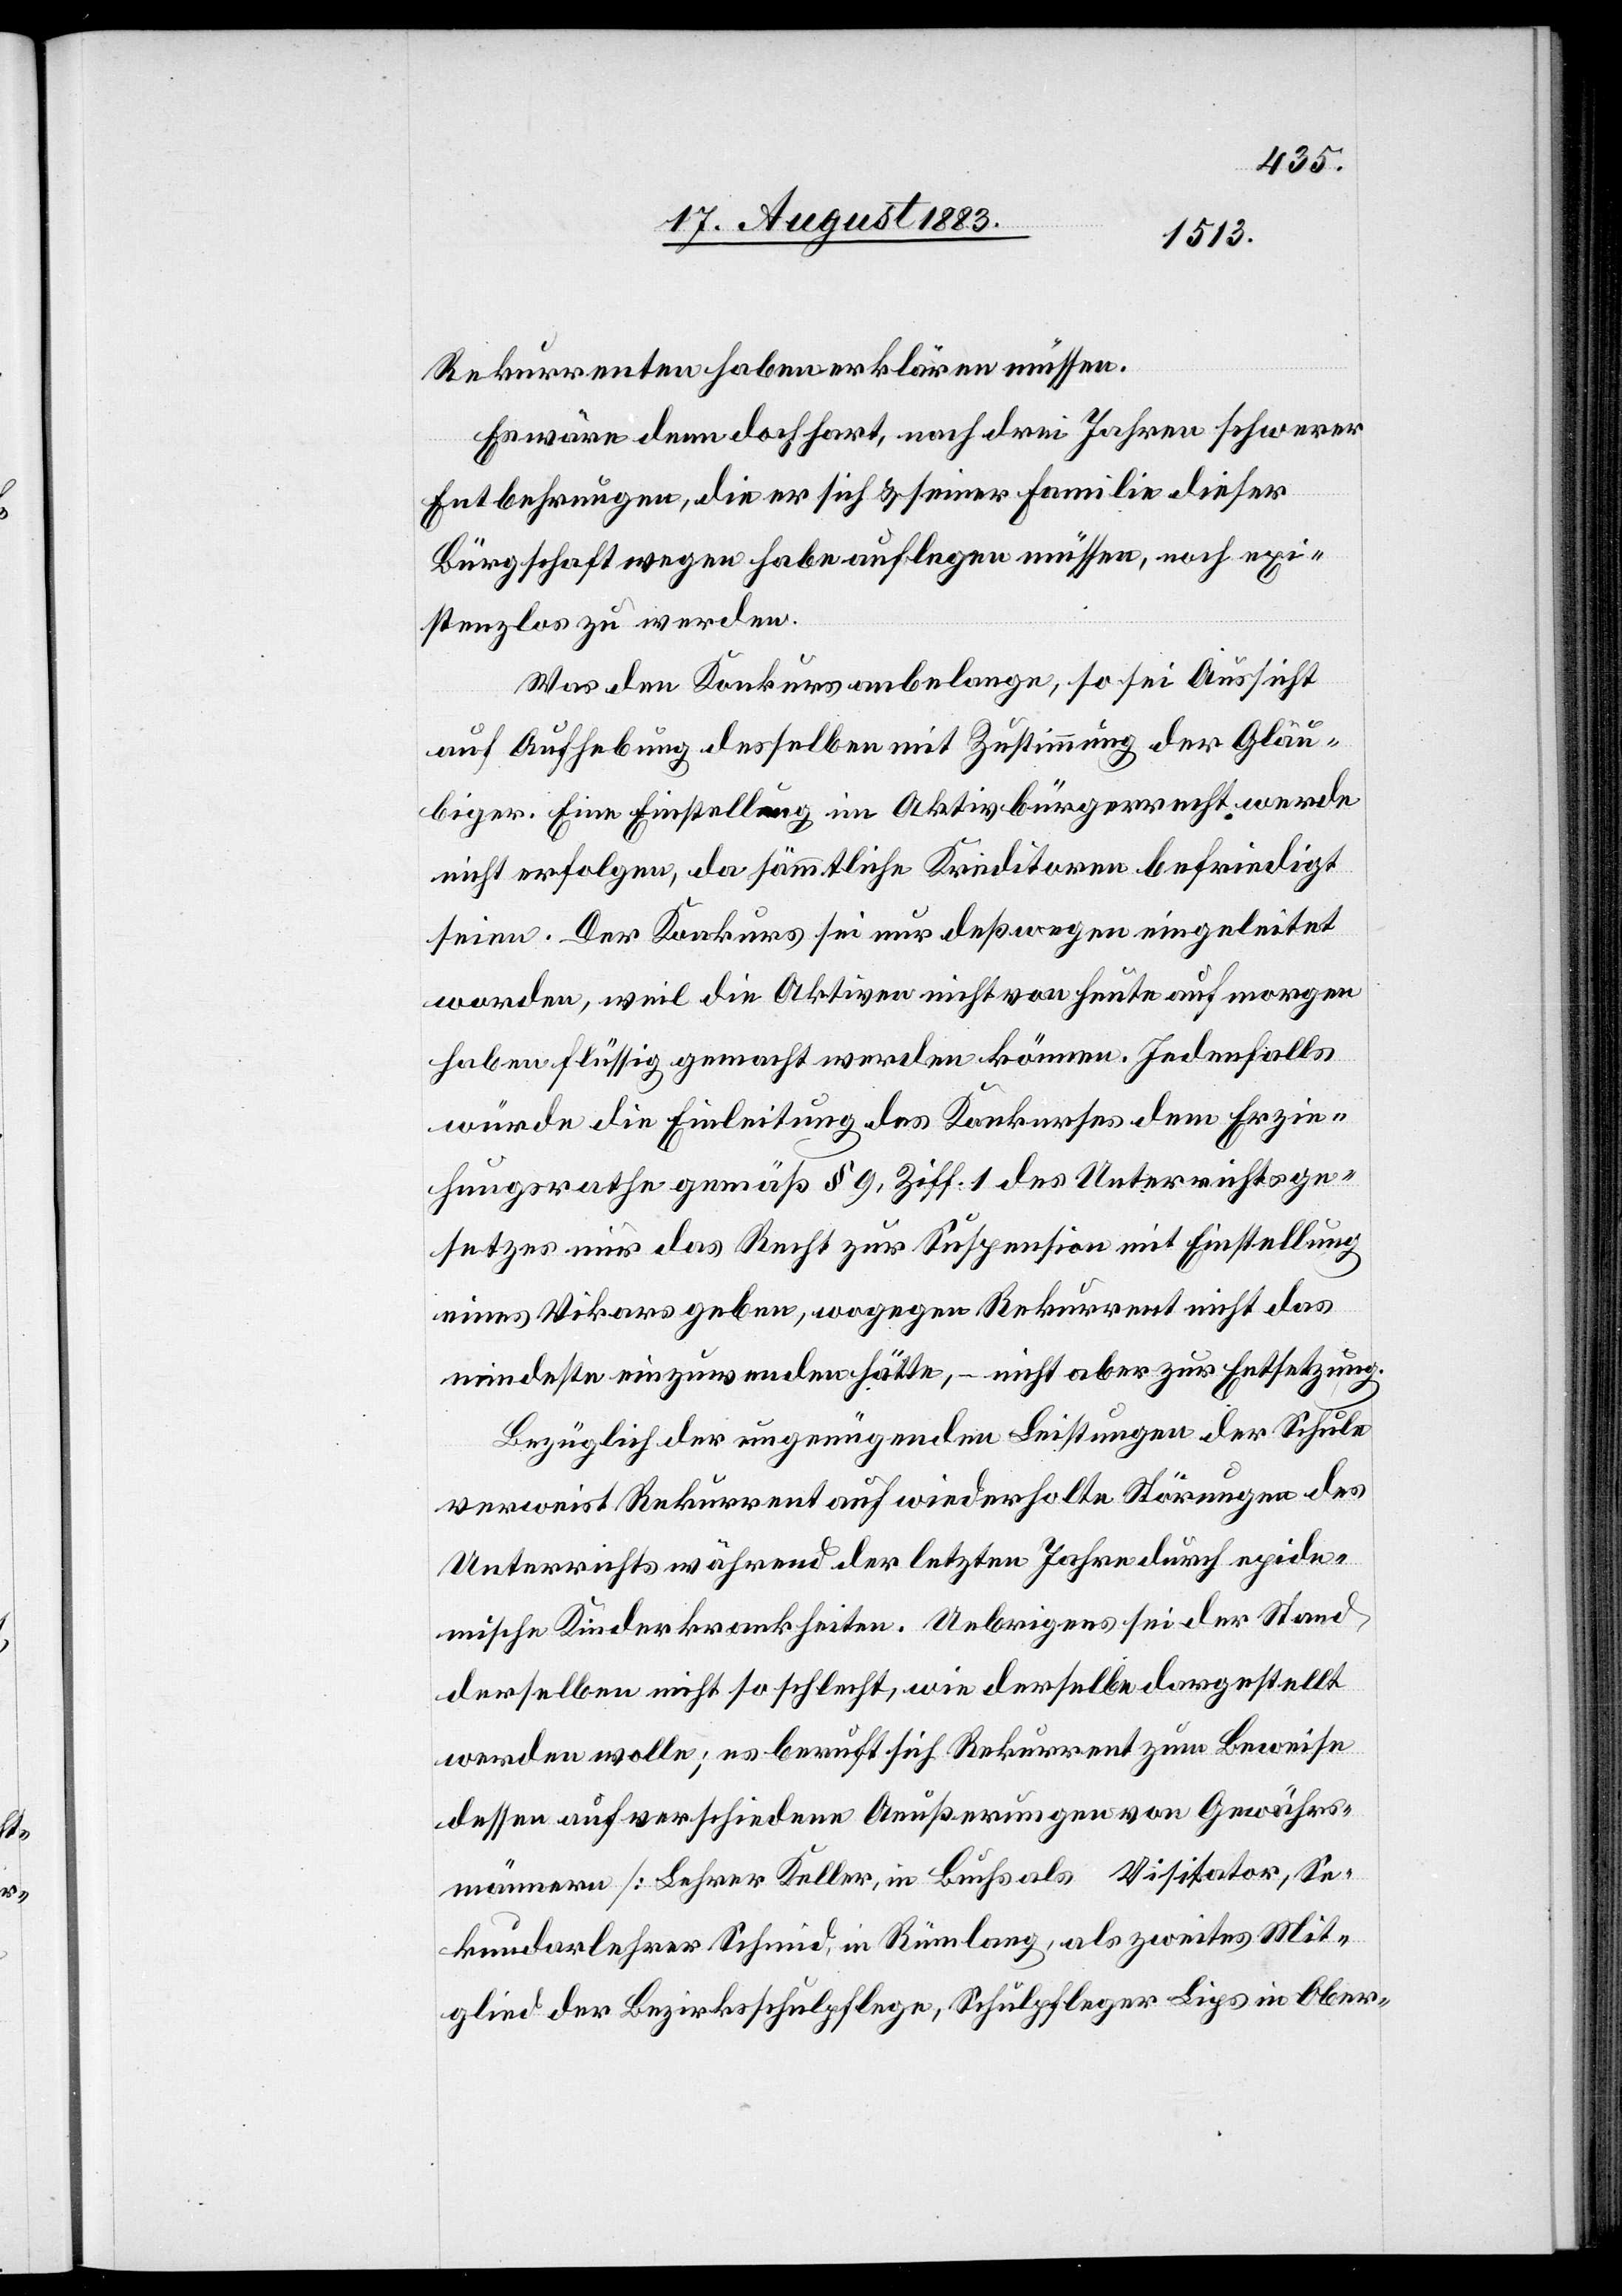
Rekurrenten haben erklären müssen.
Es wäre denn doch hart, nach drei Jahren schwerer
Entbehrungen, die er sich & seiner Familie dieser
Bürgschaft wegen habe auflegen müssen, noch exi¬
stenzlos zu werden.
Was den Konkurs anbelange, so sei Aussicht
auf Aufhebung desselben mit Zustimmung der Gläu¬
biger. Eine Einstellung im Aktivbürgerrecht werde
nicht erfolgen, da sämmtliche Kreditoren befriedigt
seien. Der Konkurs sei nur deßwegen eingeleitet
worden, weil die Aktiven nicht von heute auf morgen
haben flüssig gemacht werden können. Jedenfalls
würde die Einleitung des Konkurses dem Erzie¬
hungsrathe gemäß § 9, Ziff. 1 des Unterrichtsge¬
setzes nur das Recht zur Suspension mit Einstellung
eines Vikars geben, wogegen Rekurrent nicht das
mindeste einzuwenden hätte, – nicht aber zur Entsetzung.
Bezüglich der ungenügenden Leistungen der Schule
verweist Rekurrent auf wiederholte Störungen des
Unterrichts während der letzten Jahre durch epide¬
mische Kinderkrankheiten. Uebrigens sei der Stand
derselben nicht so schlecht, wie derselbe dargestellt
werden wolle; es beruft sich Rekurrent zum Beweise
dessen auf verschiedene Aeußerungen von Gewährs¬
männern [Lehrer Keller, in Buchs als Visitator, Se¬
kundarlehrer Schmid, in Rümlang, als zweites Mit¬
glied der Bezirksschulpflege, Schulpfleger Lips in Ober-